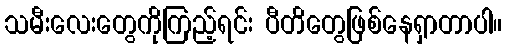
သမီးလေးတွေကိုကြည့်ရင်း ပီတိတွေဖြစ်နေရှာတာပါ။